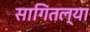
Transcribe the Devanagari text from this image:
सागितल्या